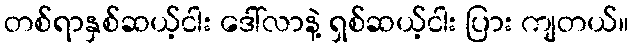
တစ်ရာနှစ်ဆယ့်ငါး ဒေါ်လာနဲ့ ရှစ်ဆယ့်ငါး ပြား ကျတယ်။